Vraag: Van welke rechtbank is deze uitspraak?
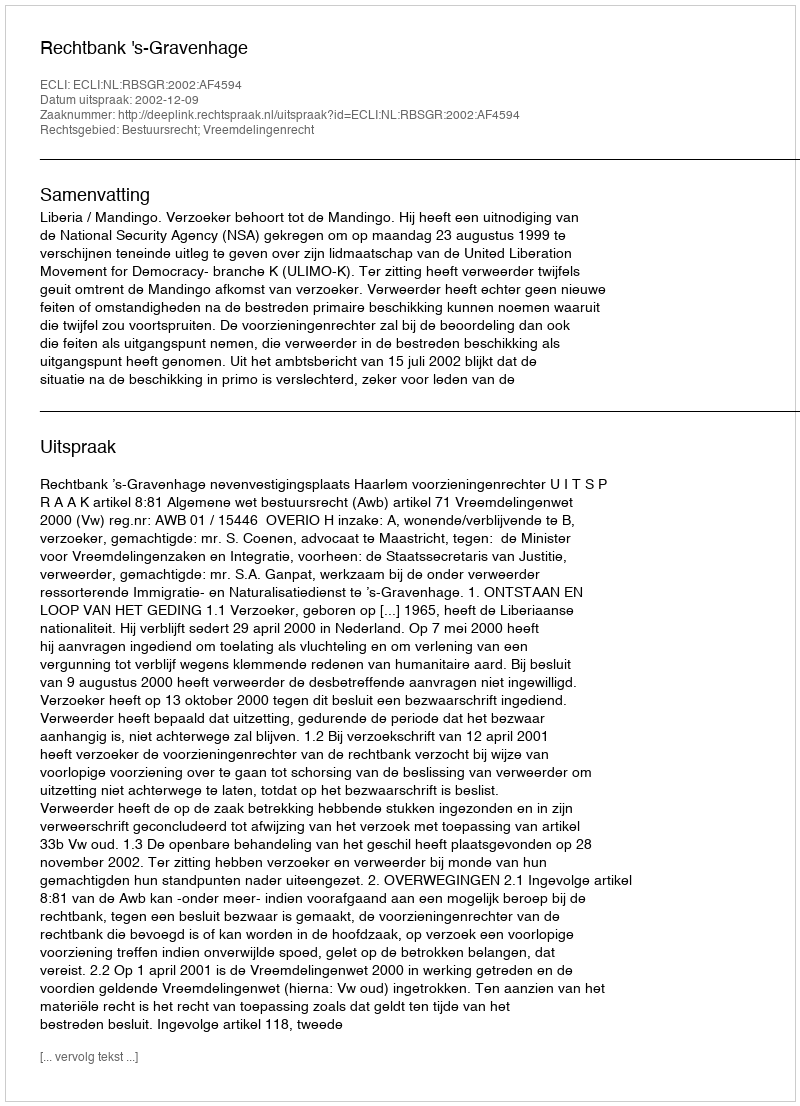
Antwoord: Rechtbank 's-Gravenhage